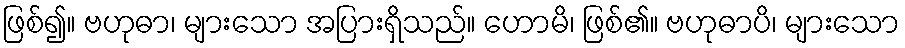
ဖြစ်၍။ ဗဟုဓာ၊ များသော အပြားရှိသည်။ ဟောမိ၊ ဖြစ်၏။ ဗဟုဓာပိ၊ များသော